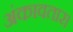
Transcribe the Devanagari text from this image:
अंकावतार।